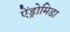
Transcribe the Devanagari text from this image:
ऐंड्रोमिडा